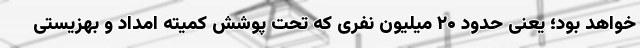
خواهد بود؛ یعنی حدود ۲۰ میلیون نفری که تحت پوشش کمیته امداد و بهزیستی